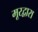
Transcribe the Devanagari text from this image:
मूरद्वारा